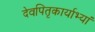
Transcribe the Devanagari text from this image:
देवपितृकार्याभ्यां